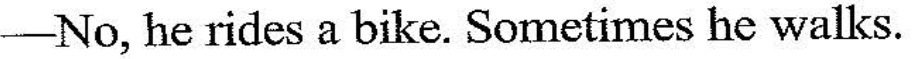
-No, he rides a bike. Sometimes he walks.